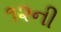
૧૨ની